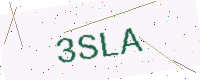
Text: 3SLA